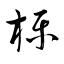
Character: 檪